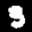
Label: 3